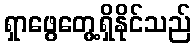
ရှာဖွေတွေ့ရှိနိုင်သည်